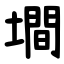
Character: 墹